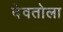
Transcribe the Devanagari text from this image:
देवतोला